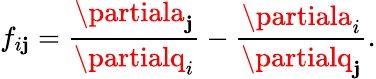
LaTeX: f_{i\mathbf{j}}=\frac{{\partiala_{\mathbf{j}}}}{{\partialq_{i}}}-\frac{{\partiala_{i}}}{{\partialq_{\mathbf{j}}}}.